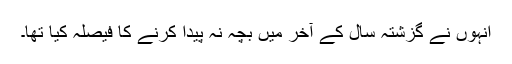
انہوں نے گزشتہ سال کے آخر میں بچہ نہ پیدا کرنے کا فیصلہ کیا تھا۔